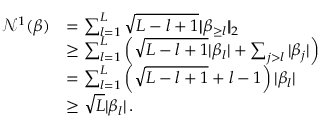
\begin{array} { r l } { { \mathcal N } ^ { 1 } ( \boldsymbol { \beta } ) } & { = \sum _ { l = 1 } ^ { L } \sqrt { L - l + 1 } | \! | \beta _ { \geq l } | \! | _ { 2 } } \\ & { \geq \sum _ { l = 1 } ^ { L } \left( \sqrt { L - l + 1 } | \beta _ { l } | + \sum _ { j > l } | \beta _ { j } | \right) } \\ & { = \sum _ { l = 1 } ^ { L } \left( \sqrt { L - l + 1 } + l - 1 \right) | \beta _ { l } | } \\ & { \geq \sqrt L | \beta _ { l } | \, . } \end{array}